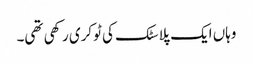
وہاں ایک پلاسٹک کی ٹوکری رکھی تھی۔